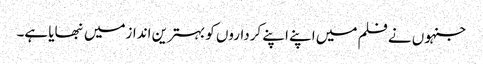
جنہوں نے فلم میں اپنے اپنے کرداروں کو بہترین اندازمیں نبھایا ہے۔